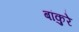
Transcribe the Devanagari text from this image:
बांकुरे